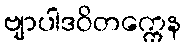
ဗျာပါဒဝိတက္ကေန